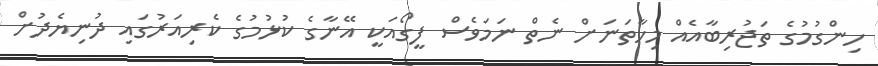
ހިންގުމުގެ ތަޖުރިބާއެއް މިހާތަނަށް ނެތް ނަމަވެސް ފީގޯއަކީ އޭނާގެ ކުޅުމުގެ ކެރިއަރުގައި ދުނިޔެދުށް